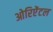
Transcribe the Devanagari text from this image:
ओरिऐंटल